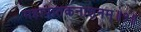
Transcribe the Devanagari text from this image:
महापातकनाशनम्‌॥१॥